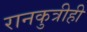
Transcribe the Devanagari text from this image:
रानकुत्रीही